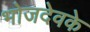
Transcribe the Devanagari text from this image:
भोजदेवके